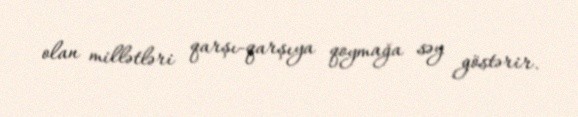
olan millətləri qarşı-qarşıya qoymağa səy göstərir.